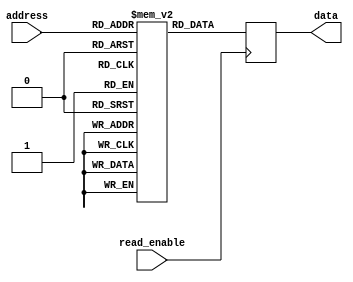
module MemoryBlock (
    input wire read_enable,
    input wire[7:0] address,
    output reg[7:0] data
);

reg[7:0] memory[255:0]; // 256 memory blocks, each storing 8 bits of data

always @ (posedge read_enable)
begin
    data <= memory[address];
end

endmodule